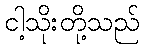
ငါ့သိုးတို့သည်